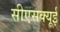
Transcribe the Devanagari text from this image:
सीएसक्यूई